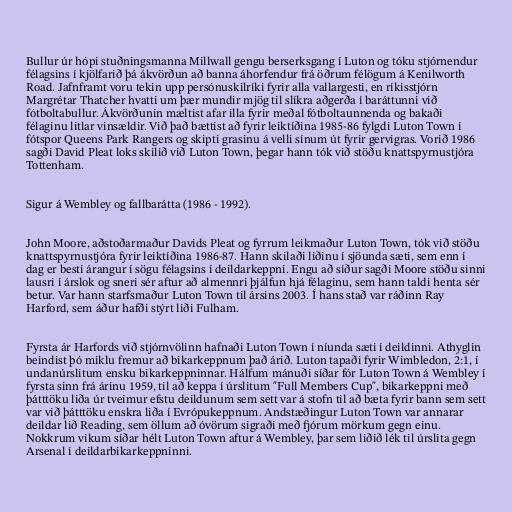
Bullur úr hópi stuðningsmanna Millwall gengu berserksgang í Luton og tóku stjórnendur
félagsins í kjölfarið þá ákvörðun að banna áhorfendur frá öðrum félögum á Kenilworth
Road. Jafnframt voru tekin upp persónuskilríki fyrir alla vallargesti, en ríkisstjórn
Margrétar Thatcher hvatti um þær mundir mjög til slíkra aðgerða í baráttunni við
fótboltabullur. Ákvörðunin mæltist afar illa fyrir meðal fótboltaunnenda og bakaði
félaginu litlar vinsældir. Við það bættist að fyrir leiktíðina 1985-86 fylgdi Luton Town í
fótspor Queens Park Rangers og skipti grasinu á velli sínum út fyrir gervigras. Vorið 1986
sagði David Pleat loks skilið við Luton Town, þegar hann tók við stöðu knattspyrnustjóra
Tottenham.

Sigur á Wembley og fallbarátta (1986 - 1992).

John Moore, aðstoðarmaður Davids Pleat og fyrrum leikmaður Luton Town, tók við stöðu
knattspyrnustjóra fyrir leiktíðina 1986-87. Hann skilaði liðinu í sjöunda sæti, sem enn í
dag er besti árangur í sögu félagsins í deildarkeppni. Engu að síður sagði Moore stöðu sinni
lausri í árslok og sneri sér aftur að almennri þjálfun hjá félaginu, sem hann taldi henta sér
betur. Var hann starfsmaður Luton Town til ársins 2003. Í hans stað var ráðinn Ray
Harford, sem áður hafði stýrt liði Fulham.

Fyrsta ár Harfords við stjórnvölinn hafnaði Luton Town í níunda sæti í deildinni. Athyglin
beindist þó miklu fremur að bikarkeppnum það árið. Luton tapaði fyrir Wimbledon, 2:1, í
undanúrslitum ensku bikarkeppninnar. Hálfum mánuði síðar fór Luton Town á Wembley í
fyrsta sinn frá árinu 1959, til að keppa í úrslitum "Full Members Cup", bikarkeppni með
þátttöku liða úr tveimur efstu deildunum sem sett var á stofn til að bæta fyrir bann sem sett
var við þátttöku enskra liða í Evrópukeppnum. Andstæðingur Luton Town var annarar
deildar lið Reading, sem öllum að óvörum sigraði með fjórum mörkum gegn einu.
Nokkrum vikum síðar hélt Luton Town aftur á Wembley, þar sem liðið lék til úrslita gegn
Arsenal í deildarbikarkeppninni.